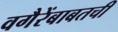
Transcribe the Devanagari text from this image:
वगैरेंबाबतची